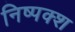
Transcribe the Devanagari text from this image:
निष्पक्श